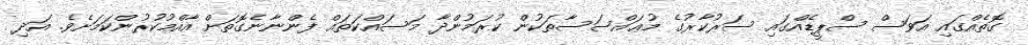
ގޮތެއްގައި އަވަސް ސްޕީޑެއްގައި ސަރުކާރުގެ މުޢައްސަސާތަކުން ކުރަމުންދާ މަސައްކަތައް ފެންނާނެގޮތަށް އާއްމުކުރުންކަމަށެވެ. އަދި